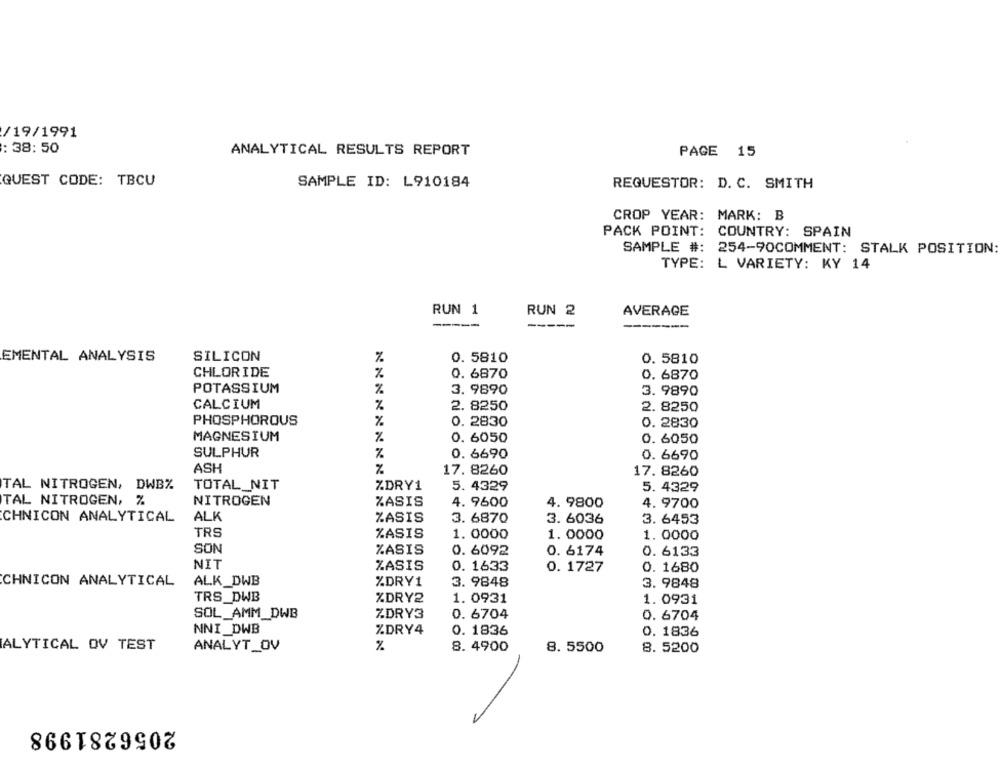
/19/1991
: 38: 50
ANALYTICAL RESULTS REPORT
PAGE 15
QUEST CODE: TBCU
SAMPLE ID: L910184
REQUESTOR: D. C. SMITH
CROP YEAR: MARK: B
PACK POINT: COUNTRY: SPAIN
SAMPLE #: 254-90COMMENT: STALK POSITION:
TYPE: L VARIETY: KY 14
RUN 1
RUN 2
AVERAGE
-----
-----
EMENTAL ANALYSIS
SILICON
%
0. 5810
0. 5810
CHLORIDE
0. 6870
0. 6870
POTASSIUM
%
3. 9890
3. 9890
CALCIUM
%
2. 8250
2. 8250
PHOSPHOROUS
%
0. 2830
0. 2830
MAGNESIUM
%
0. 6050
0. 6050
SULPHUR
%
0. 6690
0. 6690
ASH
17. 8260
17. 8260
TAL NITROGEN, DWB%
TOTAL_NIT
ZDRY1
5. 4329
5. 4329
TAL NITROGEN, %
NITROGEN
ZASIS
4. 9600
4. 9800
4. 9700
ALK
CHNICON ANALYTICAL
ZASIS
3. 6870
3. 6036
3. 6453
TRS
%ASIS
1. 0000
1. 0000
1. 0000
SON
%ASIS
0. 6092
0. 6174
0. 6133
NIT
ZASIS
0. 1633
0. 1727
0. 1680
CHNICON ANALYTICAL
ALK_DWB
%DRY1
3. 9848
3. 9848
TRS_DWB
%DRY2
1. 0931
1. 0931
SOL_AMM_DWB
ZDRY3
0. 6704
0. 6704
NNI_DWB
%DRY4
0. 1836
0. 1836
ALYTICAL OV TEST
ANALYT_OV
%
8. 4900
8. 5500
8. 5200
2056281998